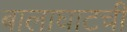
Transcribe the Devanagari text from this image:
बालाघाटची